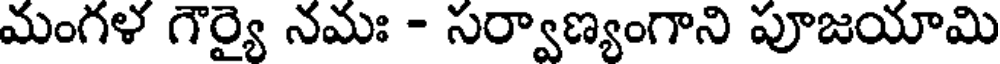
మంగళ గౌర్యై నమః - సర్వాణ్యంగాని పూజయామి